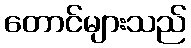
တောင်များသည်